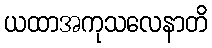
ယထာအကုသလေနာတိ